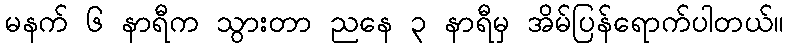
မနက် ၆ နာရီက သွားတာ ညနေ ၃ နာရီမှ အိမ်ပြန်ရောက်ပါတယ်။